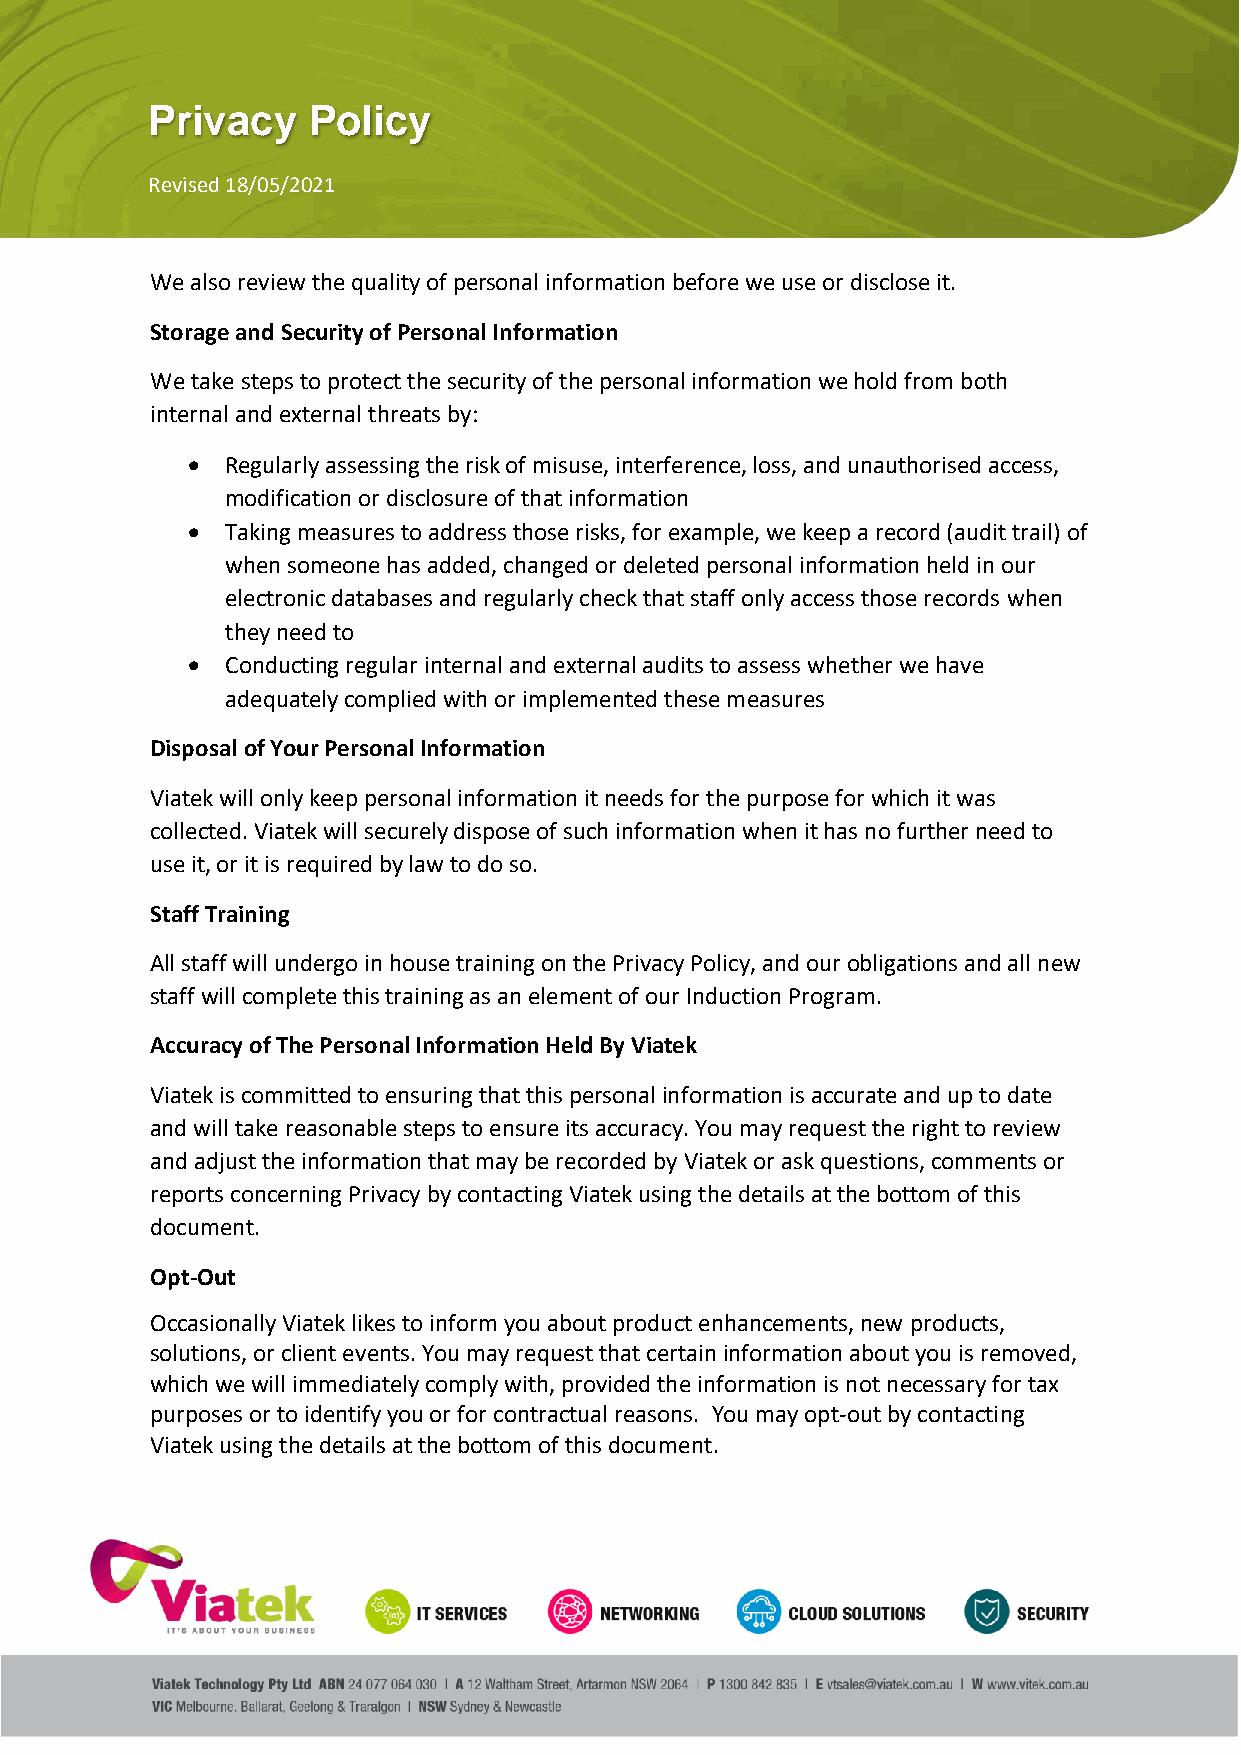
Privacy   Policy
 Revised 18/05/2021
 We also review the quality of personal information before we use or disclose it.
 Storage and Security of Personal Information
 We take steps to protect the security of the personal information we hold from both
 internal and external threats by:
 •  Regularly assessing the risk of misuse, interference, loss, and unauthorised access,
 modification or disclosure of that information
 •  Taking measures to address those risks, for example, we keep a record (audit trail) of
 when someone has added, changed or deleted personal information held in our
 electronic databases and regularly check that staff only access those records when
 they need to
 •  Conducting regular internal and external audits to assess whether we have
 adequately complied with or implemented these measures
 Disposal of Your Personal Information
 Viatek will only keep personal information it needs for the purpose for which it was
 collected. Viatek will securely dispose of such information when it has no further need to
 use it, or it is required by law to do so.
 Staff Training
 All staff will undergo in house training on the Privacy Policy, and our obligations and all new
 staff will complete this training as an element of our Induction Program.
 Accuracy of The Personal Information Held By Viatek
 Viatek is committed to ensuring that this personal information is accurate and up to date
 and will take reasonable steps to ensure its accuracy. You may request the right to review
 and adjust the information that may be recorded by Viatek or ask questions, comments or
 reports concerning Privacy by contacting Viatek using the details at the bottom of this
 document.
 Opt-Out
 Occasionally Viatek likes to inform you about product enhancements, new products,
 solutions, or client events. You may request that certain information about you is removed,
 which we will immediately comply with, provided the information is not necessary for tax
 purposes or to identify you or for contractual reasons. You may opt-out by contacting
 Viatek using the details at the bottom of this document.